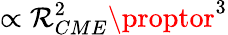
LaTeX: \propto\mathcal{R}_{CME}^{2}\proptor^{3}